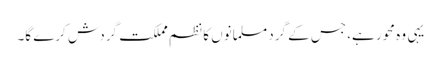
یہی وہ محور ہے، جس کے گرد مسلمانوں کا نظمِ مملکت گردش کرے گا۔